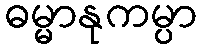
ဓမ္မာနုကမ္ပာ